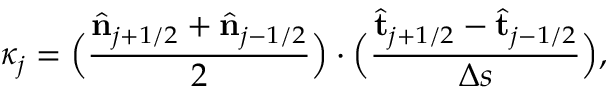
\kappa _ { j } = \Big ( \frac { \hat { \bf { n } } _ { j + 1 / 2 } + \hat { \bf { n } } _ { j - 1 / 2 } } { 2 } \Big ) \cdot \Big ( \frac { \hat { \bf { t } } _ { j + 1 / 2 } - \hat { \bf { t } } _ { j - 1 / 2 } } { \Delta s } \Big ) ,